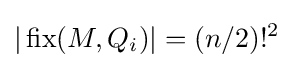
|\operatorname {fix} (M,Q_{i})|=(n/2)!^{2}